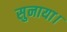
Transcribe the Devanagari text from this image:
सुनाया।